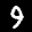
Label: 9